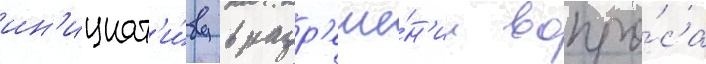
ин'ициат'и́ву в разр'еше́н'ии вопро́са